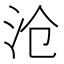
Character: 沧